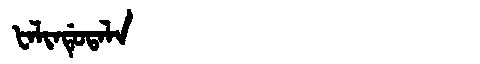
Manchu: ᡶᠠᠯᡳᠨᡩᡠᡨᠠᠯᠠ
Romanization: FALINDUTALA